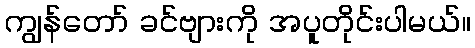
ကျွန်တော် ခင်ဗျားကို အပူတိုင်းပါမယ်။